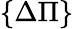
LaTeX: \{ \Delta\Pi\}